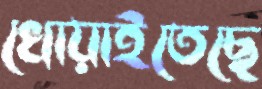
খোয়াইতেছে